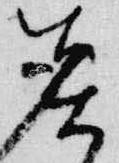
炎